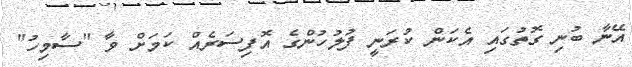
އޭނާ ބުނި ގޮތުގައި އެކަން ކުރަނީ ފުލުހުންގެ އޮފިސަރެއް ކަމަށް ވާ "ސާމިހު"